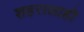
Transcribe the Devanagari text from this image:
शहरालाही